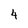
Character: 4